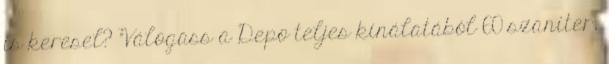
is keresel? Válogass a Depo teljes kínálatából 60 szaniter,